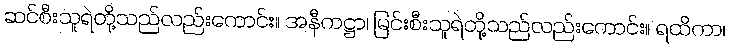
ဆင်စီးသူရဲတို့သည်လည်းကောင်း။ အနီကဋ္ဌာ၊ မြင်းစီးသူရဲတို့သည်လည်းကောင်း။ ရထိကာ၊